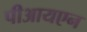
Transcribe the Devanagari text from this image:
पीआयएन